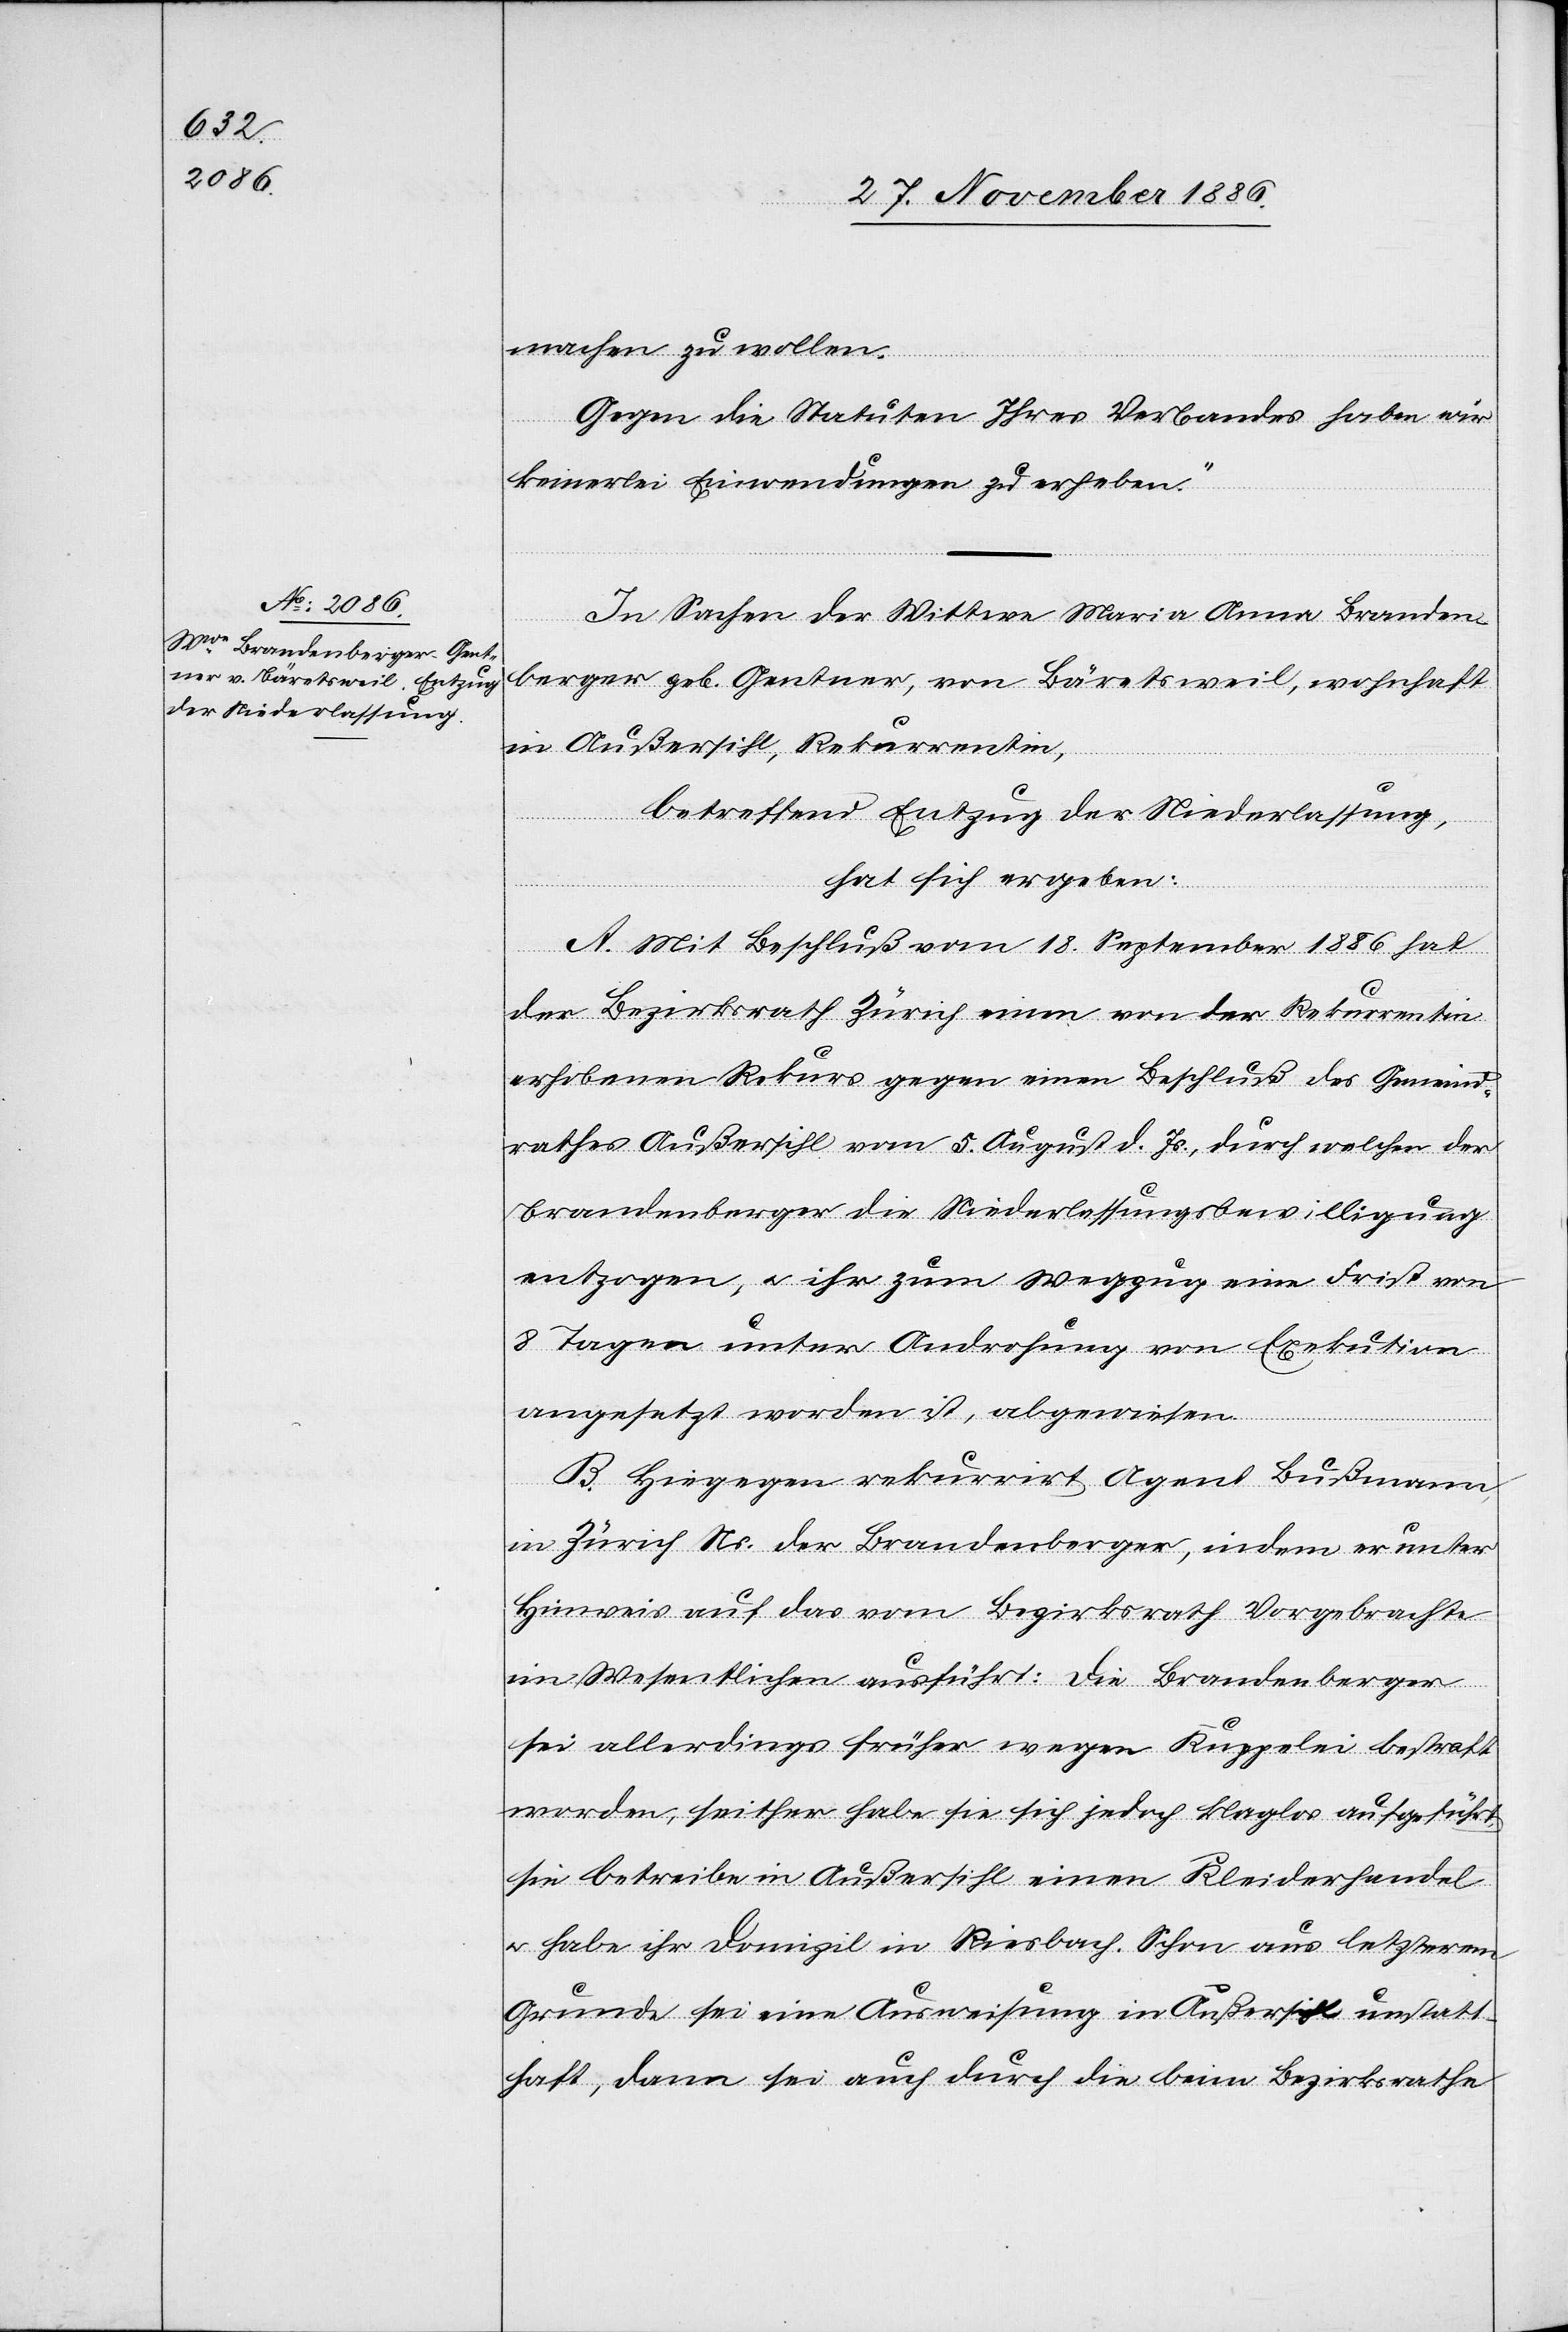
machen zu wollen.
Gegen die Statuten Ihres Verbandes haben wir
keinerlei Einwendungen zu erheben.“
In Sachen der Wittwe Maria Anna Branden¬
berger geb. Gentner, von Bäretsweil, wohnhaft
in Außersihl, Rekurrentin,
betreffend Entzug der Niederlassung,
hat sich ergeben:
A. Mit Beschluß vom 18. September 1886 hat
der Bezirksrath Zürich einen von der Rekurrentin
erhobenen Rekurs gegen einen Beschluß des Gemeind¬
rathes Außersihl vom 5. August d. Js., durch welchen der
Brandenberger die Niederlassungsbewilligung
entzogen, & ihr zum Wegzug eine Frist von
8 Tagen unter Androhung von Exekution
angesetzt worden ist, abgewiesen.
B. Hiegegen rekurrirt Agent Bußmann,
in Zürich Ns. der Brandenberger, indem er unter
Hinweis auf das vom Bezirksrath Vorgebrachte
im Wesentlichen ausführt: Die Brandenberger
sei allerdings früher wegen Kuppelei bestraft
worden, seither habe sie sich jedoch klaglos aufgeführt,
sie betreibe in Außersihl einen Kleiderhandel
& habe ihr Domizil in Riesbach. Schon aus letzterem
Grunde sei eine Ausweisung in Außersihl unstatt¬
haft, dann sei auch durch die beim Bezirksrathe